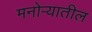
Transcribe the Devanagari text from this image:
मनोर्‍यातील